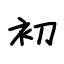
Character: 初